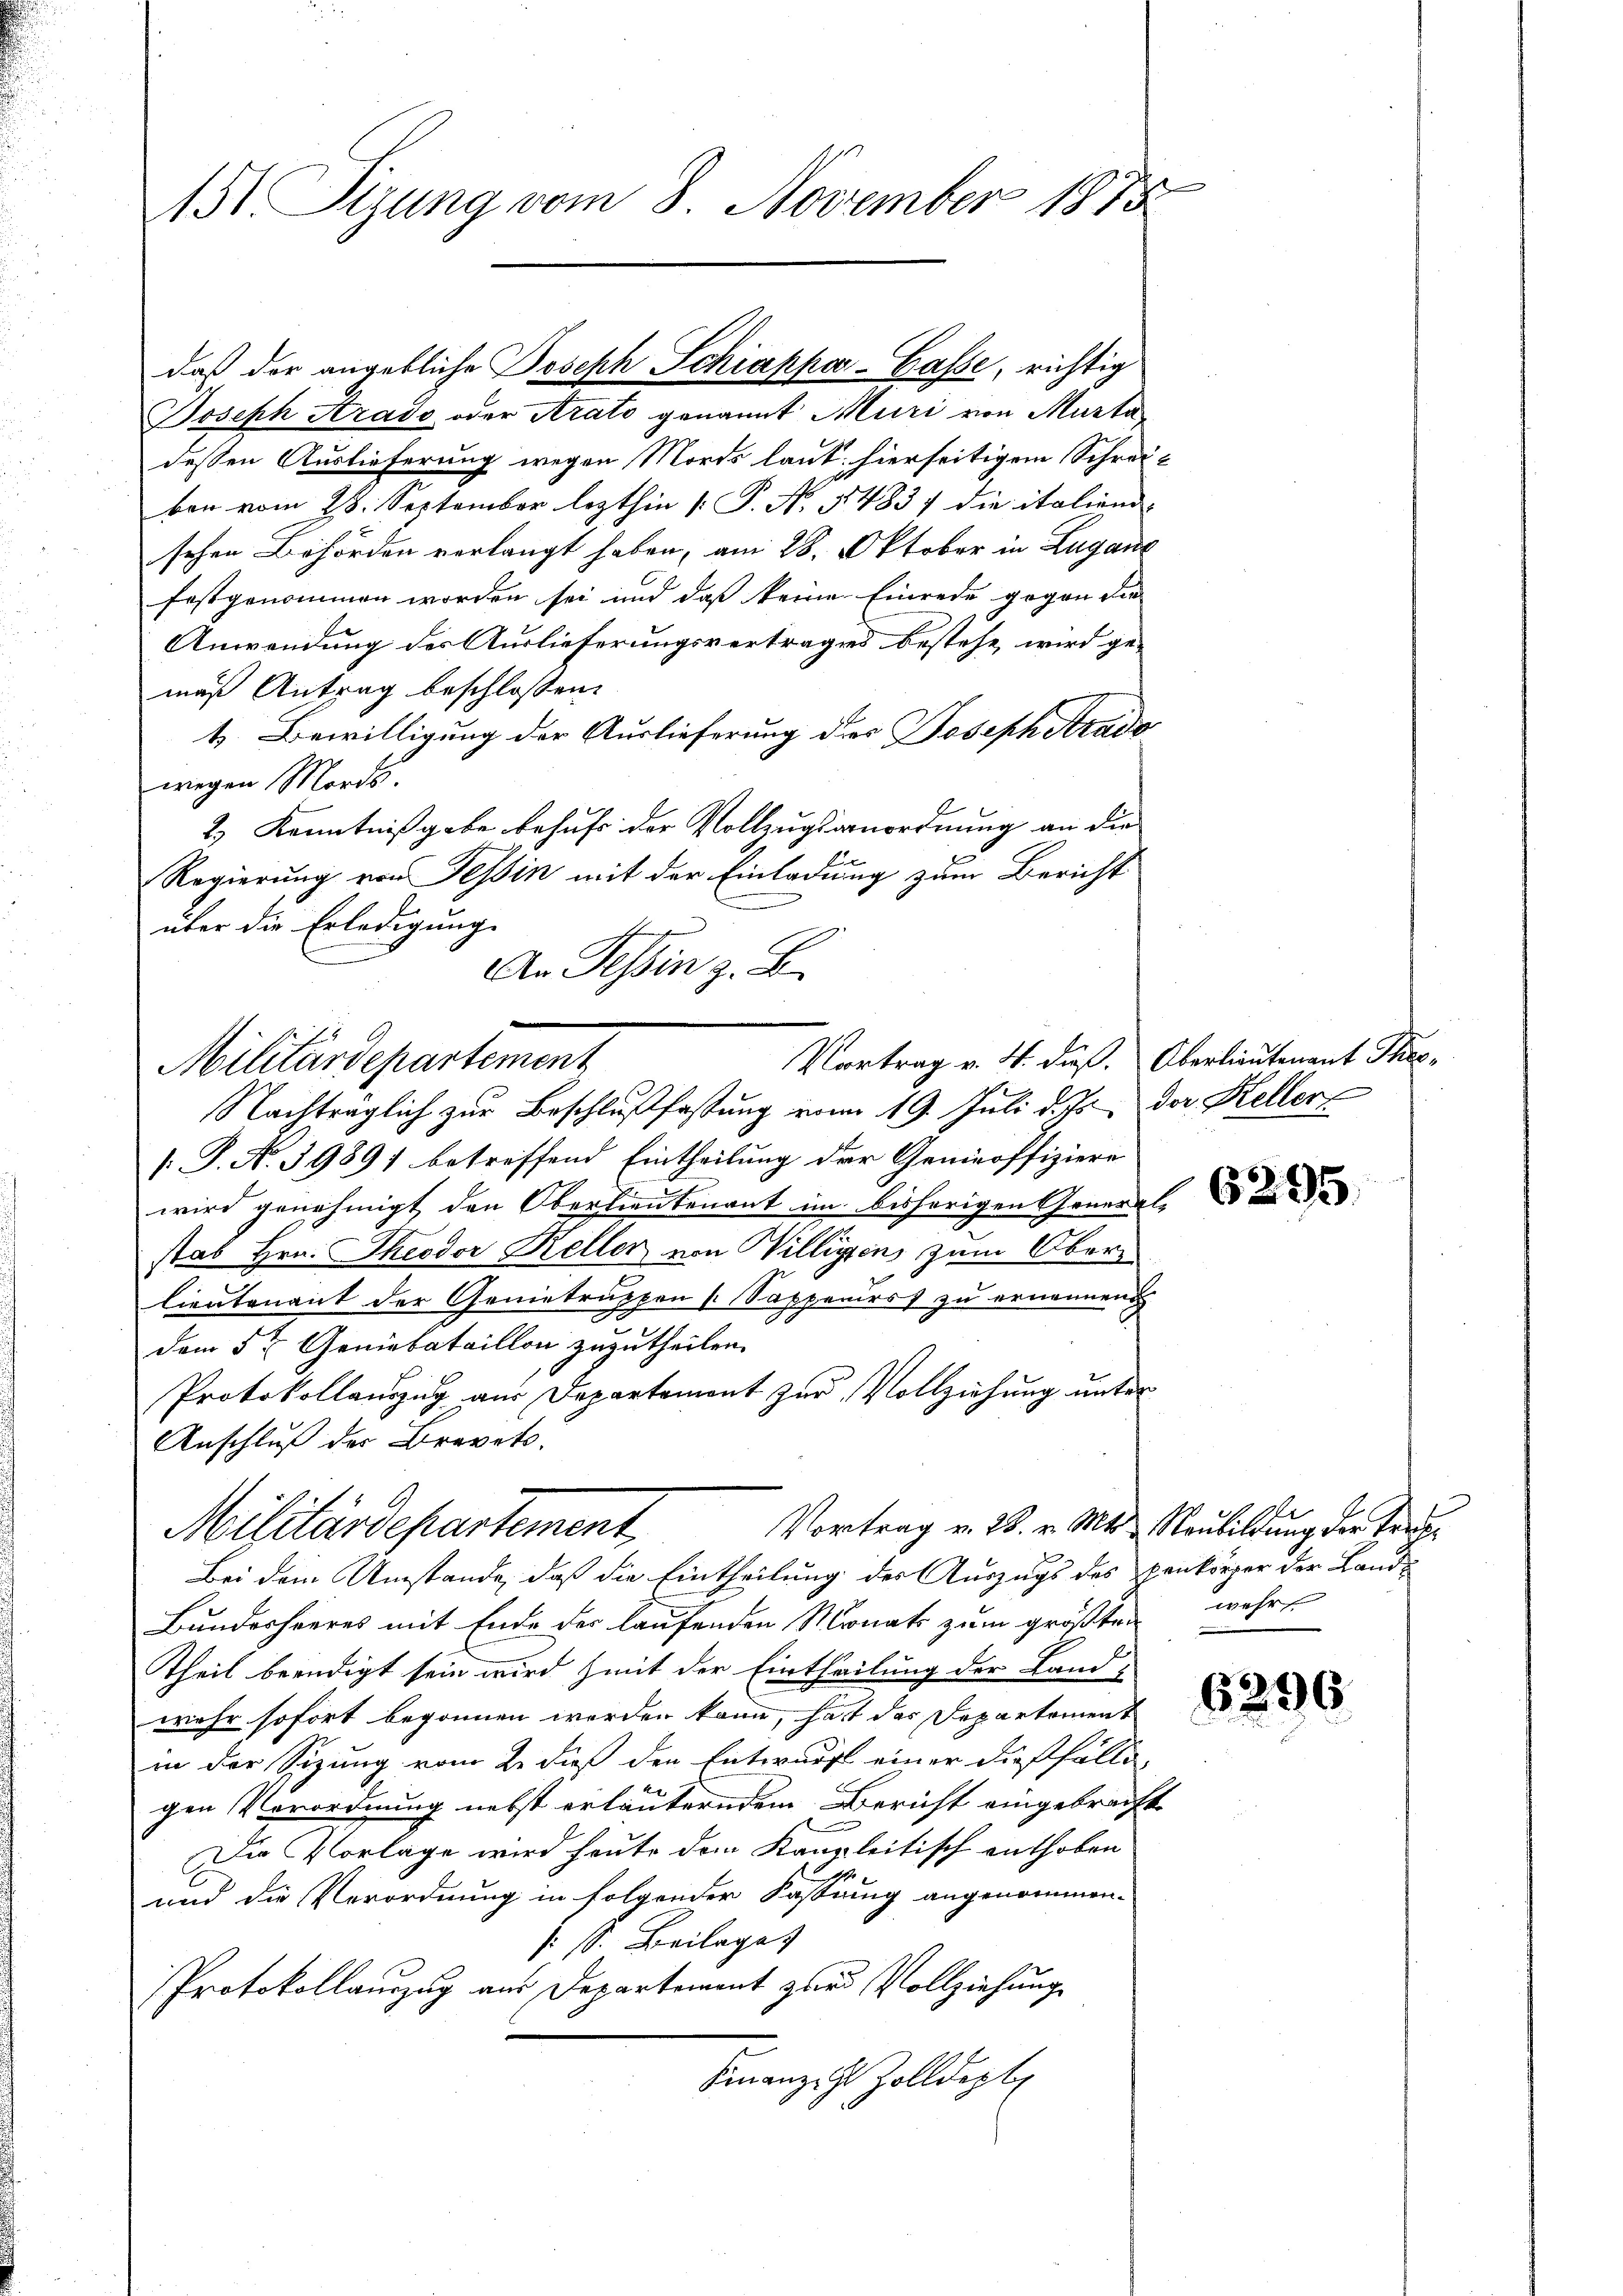
151 Sizung vom 8. November 1873

Joseph Arado oder Arato genannt Muri von Murtadessen Auslieferung wegen Morts laut hierseitigem Schreiben vom 28. September lezthin [ P. N. 1483, die italiend-
schen Behörden verlangt haben, am 28. Oktober in Lugan
festgenommen worden sei und daß keine Einrede gegen die
Anwendung des Auslieferungsvertrages bestehe, wird gemaß Antrag beschlossen:
4. Bewilligung der Auslieferung des Joseph Atrado
wegen Mords.
2.) Kenntnißgabe behufs der Vollzugsanordnung an die
Regierung von Tessin mit der Einladung zum Bericht
über die Erledigung
An Tessin z. B.
Nachträglich zur Beschlußfassung vom 19. Juli d. Js. der Heller
/: J. N. 39897 betreffend Eintheilung der Genieoffiziere
wird genehmigt den Oberlieutenant im bisherigen General
stab Hrn. Theodor Keller von Willigens zum Oberlientenant der Genietruppen (Sappenirst zu ernennen
dem 5ten Geniebataillon zuzutheilen.
Protokollauszug aus Departemont zur Vollziehung unter
Anschluß der Brevet.
Vortrag v. 28. v. Mts. Neubildung der Teich¬
Militärdepartement,
Bei dem Umstände, daß die Eintheilung der Auszugs des Hankörper der Land-
Bundesheeres mit Ende der laufenden Monats zum größten wehr
Theil beendigt sein wird mit der Eintheilung der Land-
wehr sofort begonnen werden kann, hat das Separtement
in der Sitzung vom 2. dieß den Entwurf einer dießfälle,
gen Verordnung nebst erläuterndem Bericht eingebracht
Die Vorlage wird heute dem Kanzleitisch enthoben
und die Verordnung in folgender Fassung angenommen-
: S. Beilage
Protokollauszug aus Departement zur Vollziehung
Finanze Zolldept

daß der angebliche Joseph Schiappa-Casse, richtig

Militärdepartement

Vortrag v. 4. dieß. Oberlieutenant Theo¬

6296.